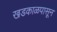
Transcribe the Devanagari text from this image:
खडकाळपासून